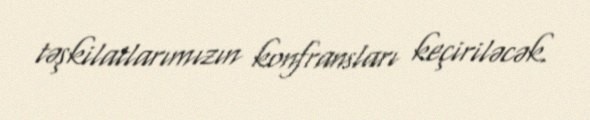
təşkilatlarımızın konfransları keçiriləcək.